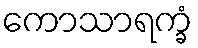
ကောသာရက္ခံ